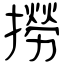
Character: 撈